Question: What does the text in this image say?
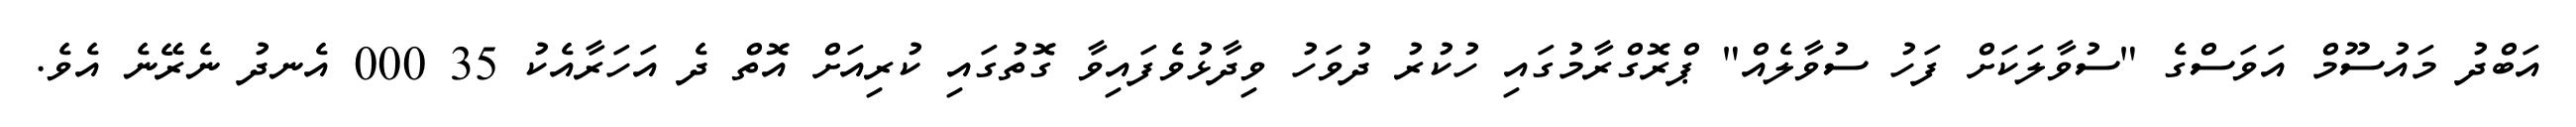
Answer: އަބްދު މައުސޫމް އަވަސްގެ "ސުވާލަކަށް ފަހު ސުވާލެއް" ޕްރޮގްރާމުގައި ހުކުރު ދުވަހު ވިދާޅުވެފައިވާ ގޮތުގައި ކުރިއަށް އޮތް ދެ އަހަރާއެކު 35 000 އެނދު ނެރޭނެ އެވެ.